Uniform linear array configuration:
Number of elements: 8
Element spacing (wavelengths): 0.5
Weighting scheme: blackman
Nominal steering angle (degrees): -15
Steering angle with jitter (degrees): -15.308
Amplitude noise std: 0.05
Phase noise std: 0.05

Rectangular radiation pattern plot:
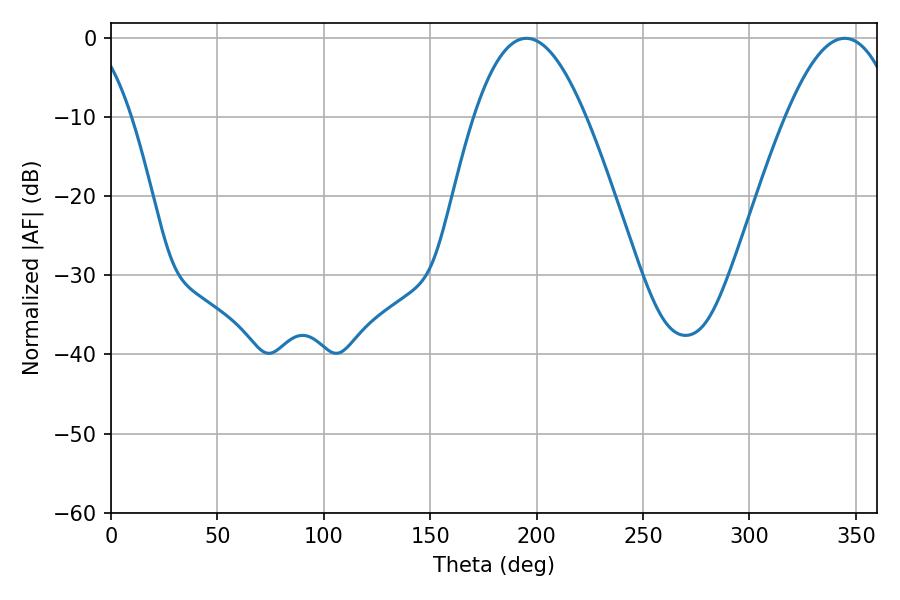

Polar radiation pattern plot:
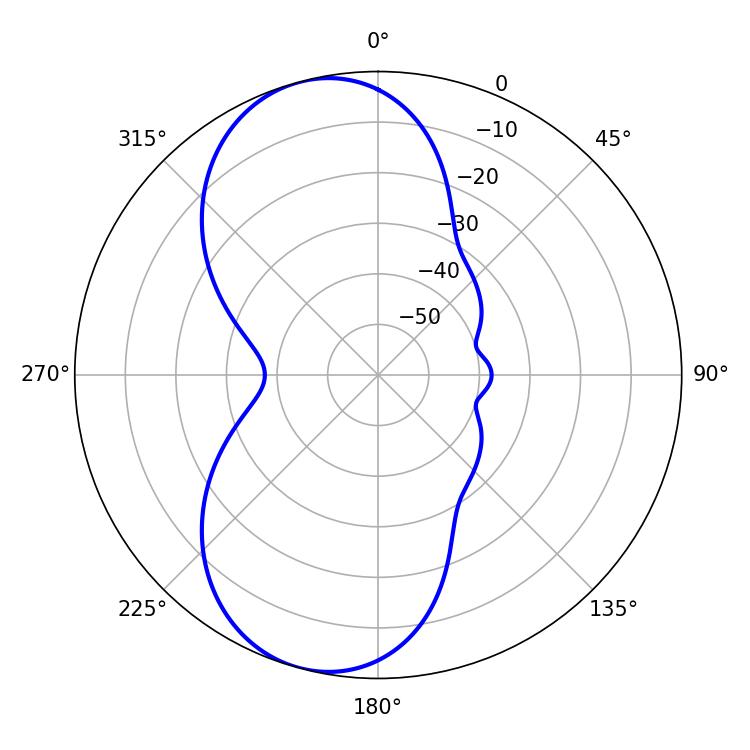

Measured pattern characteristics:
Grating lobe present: FALSE
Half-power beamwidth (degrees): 28.62
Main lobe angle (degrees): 195.3